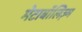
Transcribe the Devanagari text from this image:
मेटाबॉलिज़्म